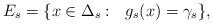
LaTeX: \begin{align*}E_s=\{ x\in \Delta_s:\ \ g_s(x)=\gamma_s \},\end{align*}